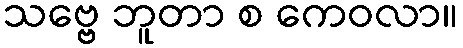
သဗ္ဗေ ဘူတာ စ ကေဝလာ။